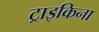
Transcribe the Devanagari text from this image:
ट्राइकिना